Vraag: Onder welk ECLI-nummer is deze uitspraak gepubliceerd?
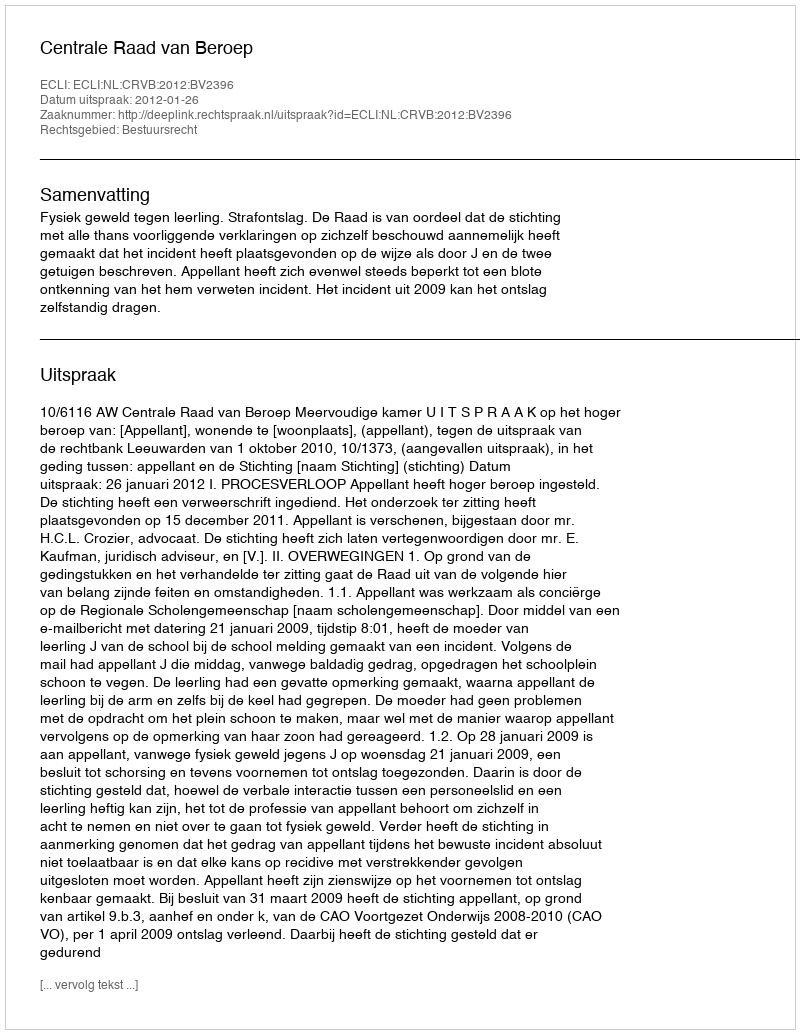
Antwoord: ECLI:NL:CRVB:2012:BV2396